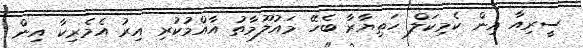
ސީރިއާ އިން ކެމިކަލް ހަތިޔާރާ ބެހޭ މައުލޫމާތު އާއްމުކުރި އިރު އެމެރިކާ އިން